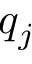
q _ { j }